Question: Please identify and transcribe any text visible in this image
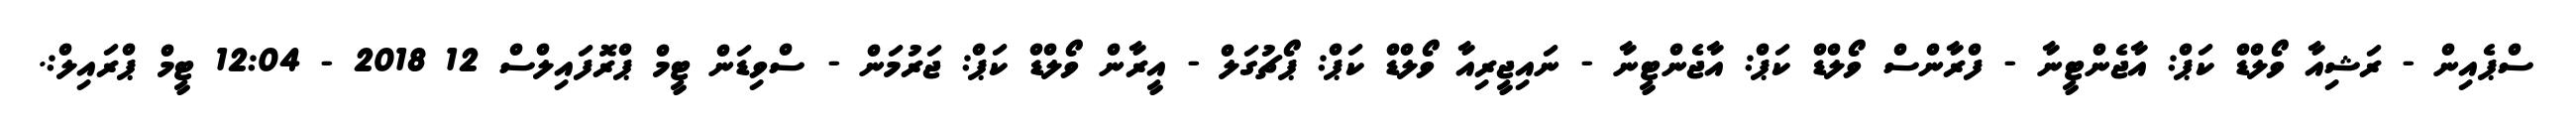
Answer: ސްޕެއިން - ރަޝިއާ ވޯލްޑް ކަޕް: އާޖެންޓީނާ - ފްރާންސް ވޯލްޑް ކަޕް: އާޖެންޓީނާ - ނައިޖީރިއާ ވޯލްޑް ކަޕް: ޕޯޗުގަލް - އީރާން ވޯލްޑް ކަޕް: ޖަރުމަން - ސްވިޑަން ޓީމް ޕްރޮފައިލްސް 12 2018 - 12:04 ޓީމް ޕްރައިލް:.